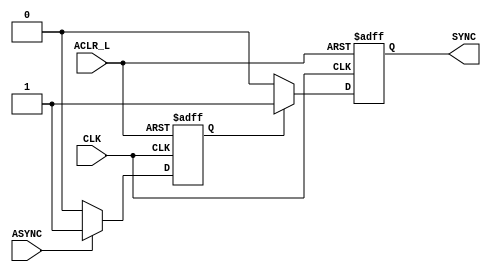
//Verilog source file for Sync2 Module
//Brian Willis, 5/8/2017
//Synchronizes SCLK and SDATA inputs to EksBox's clock
`timescale 1ns / 1ps

module Sync2(
    input CLK, 
    input ASYNC, 
    input ACLR_L, 
    output reg SYNC
    );
    
    wire aclr_i;
    reg qout1_i;
    assign aclr_i = ~ACLR_L;
    
    always @(posedge CLK or posedge aclr_i)begin        //clock and asynchronous reset
        if(aclr_i)begin                                 //higher priority for reset
            qout1_i <= 0;
            SYNC <=0;
        end
        else begin
            if(ASYNC) qout1_i <= 1;                     //D-FF 1
            else qout1_i <= 0;
            if(qout1_i) SYNC <= 1;                      //D-FF 2
            else SYNC <= 0;            
        end
    end
endmodule